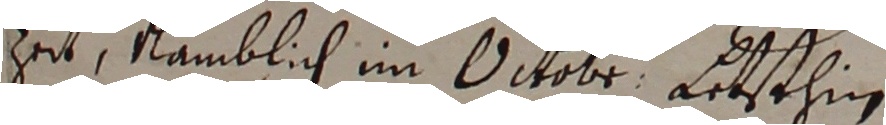
zu namblich im octobr Etsthin